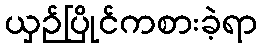
ယှဉ်ပြိုင်ကစားခဲ့ရာ